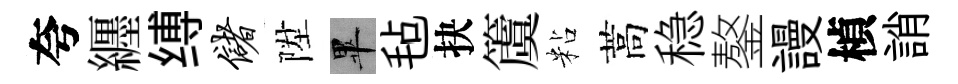
夸纒缚储陞畢毡抉𥵂粘蒿稳鏊謾楨誚